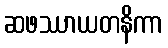
ဆဖဿာယတနိကာ